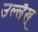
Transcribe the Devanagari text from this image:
उल्लॆख्